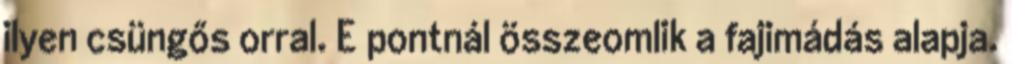
ilyen csüngős orral. E pontnál összeomlik a fajimádás alapja.